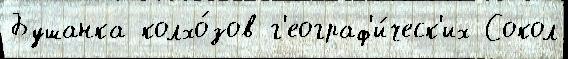
Бушанка колхо́зов г'еограф'и́ческ'их Сокол